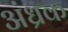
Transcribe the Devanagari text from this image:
अंध्रक